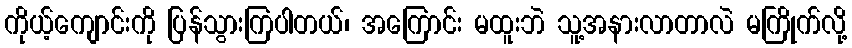
ကိုယ့်ကျောင်းကို ပြန်သွားကြပါတယ်၊ အကြောင်း မထူးဘဲ သူ့အနားလာတာလဲ မကြိုက်လို့